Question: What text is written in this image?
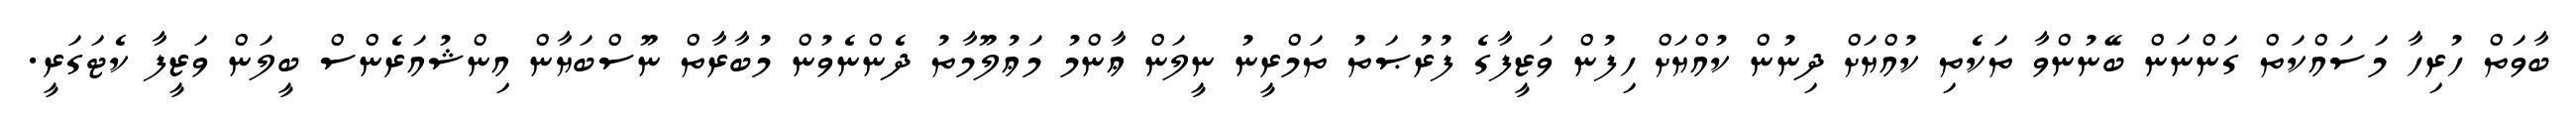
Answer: ބާވަތް ހުރިހާ މަސައްކަތް ގަންނަން ބޭނުންވާ ތަކެތި ކުއްޔަށް ދިނުން ކުއްޔަށް ހިފުން ވަޒީފާގެ ފުރުޞަތު ތަމްރީނު ނީލަން ޢާންމު މަޢުލޫމާތު ދެންނެވުން މުބާރާތް ނޫސްބަޔާން އިންޝުއަރެންސް ބީލަން ވަޒީފާ ކެޓަގަރީ.